Account of plague administration in the Bombay Presidency from September 1896 till May 1897
Year: 1896
Disease focus: Plague
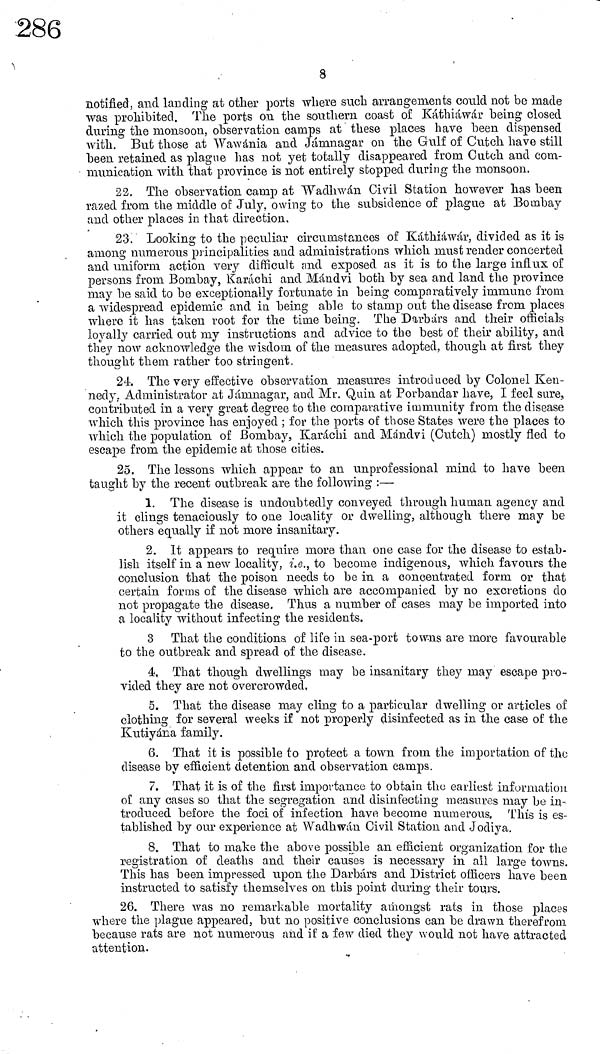
8
notified, and landing at other ports where such arrangements could not be made
was prohibited. The ports on the southern coast of Káthiáwár being closed
during the monsoon, observation camps at these places have been dispensed
Avith. But those at Wawania and Jámnagar on the Gulf of Cutch have still
been retained as plague has not yet totally disappeared from Cutch and com-
munication with that province is not entirely stopped during the monsoon.
22. The observation camp at Wadhwán. Cival Station however has been
razed from the middle of July, owing to the subsidence of plague at Bombay
and other places in that direction,
23. Looking to the peculiar circumstances of Káthiáwár, divided as it is
among numerous principalities and administrations which must render concerted
and uniform action very difficult and exposed as it is to the large influx of
persons from Bombay, Karachi and Mándvi both by sea and land the province
may be said to be exceptionally fortunate in being comparatively immune from
a widespread epidemic and in being able to stamp out the disease from places
where it has taken root for the time being. The Darbárs and their officials
loyally carried out my instructions and advice to the best of their ability, and
they now acknowledge the wisdom of the measures adopted, though at first they
thought them rather too stringent.
24. The very effective observation measures introduced by Colonel Ken-
nedy. Administrator at Jamnagar, and Mr. Quin at Porbandar have, I feel sure,
contributed in a very great degree to the comparative immunity from the disease
which this province has enjoyed ; for the ports of those States were the places to
which the population of Bombay, Karachi and Mándvi (Cutch) mostly fled to
escape from the epidemic at those cities.
25. The lessons which appear to an unprofessional mind to have been
taught by the recent outbreak are the following :—
1. The disease is undoubtedly conveyed through human agency and
it clings tenaciously to one locality or dwelling, although there may be
others equally if not more insanitary.
2. It appears to require more than one case for the disease to estab-
lish itself in a new locality, i.e., to become indigenous, which favours the
conclusion that the poison needs to be in a concentrated form or that
certain forms of the disease which are accompanied by no excretions do
not propagate the disease. Thus a number of cases may be imported into
a locality without infecting the residents.
3 That the conditions of life in sea-port towns are more favourable
to the outbreak and spread of the disease.
4. That though dwellings may be insanitary they may escape pro-
vided they are not overcrowded.
5. That the disease may cling to a particular dwelling or articles of
clothing for several weeks if not properly disinfected as in the case of the
Kutiyána family.
6. That it is possible to protect a town from the importation of the
disease by efficient detention and observation camps.
7. That it is of the first importance to obtain the earliest information
of any cases so that the segregation and disinfecting measures may be in-
troduced before the foci of infection have become numerous. This is es-
tablished by our experience at Wadhwán Civil Station and Jodiya.
8. That to make the above possible an efficient organization for the
registration of deaths and their causes is necessary in ail large towns.
This has been impressed upon the Darbárs and District officers have been
instructed to satisfy themselves on this point during their tours.
26. There was no remarkable mortality amongst rats in those places
where the plague appeared, but no positive conclusions can be drawn therefrom
because rats are not numerous and if a few died they would not have attracted
attention.